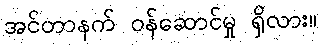
အင်တာနက် ဝန်ဆောင်မှု ရှိလား။